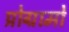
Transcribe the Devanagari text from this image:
प्रोग्रामो